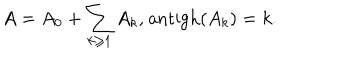
A = A _ { 0 } + \sum _ { k \geq 1 } A _ { k } \mathrm { , ~ a n t i g h } ( A _ { k } ) = k .